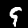
Label: 9